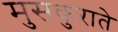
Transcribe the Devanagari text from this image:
मुसकुराते